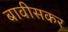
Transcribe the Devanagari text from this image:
बावीसकर